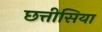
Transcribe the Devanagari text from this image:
छत्तीसिया